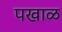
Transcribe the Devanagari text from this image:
पखाळ